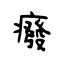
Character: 癈